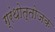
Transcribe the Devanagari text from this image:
ग्रंथोत्तोजक